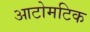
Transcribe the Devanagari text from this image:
आटोमटिक